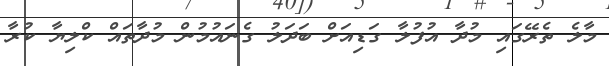
މާލެ ތެރޭގައި މުދާ އުފުލާ ގަޑިއަށް ބަދަލު ގެނައުމުން މުދާތައް ކްލިޔާ ކުރާ